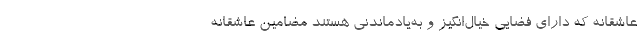
عاشقانه که دارای فضایی خیال‌انگیز و به‌یادماندنی هستند مضامین عاشقانه